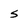
Character: S